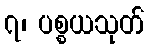
၇၊ ပစ္စယသုတ်